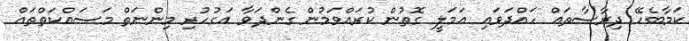
ކަމާބެހޭ ދިރާސާތައް ހައްދަވައި ޢަމަލީ ގޮތުން ކުރައްވަމުން ގެންދަވާ އަގުހުރި މިންނަތް މަސައްކަތްތައް